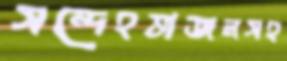
সন্দেহভাজনসহ